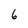
Character: 6